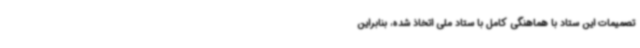
تصمیمات این ستاد با هماهنگی کامل با ستاد ملی اتخاذ شده، بنابراین